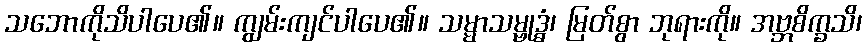
သဘောကိုသိပါပေ၏။ ကျွမ်းကျင်ပါပေ၏။ သမ္မာသမ္ဗုဒ္ဓံ၊ မြတ်စွာ ဘုရားကို။ အဗ္ဘစိက္ခသိ၊